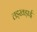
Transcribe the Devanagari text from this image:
लड़खड़ाई